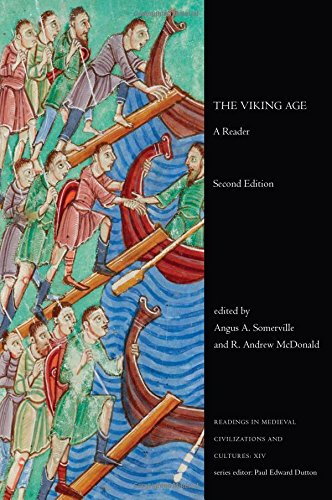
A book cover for The Viking Age: A Reader, Second Edition (Readings in Medieval Civilizations and Cultures); Literature & Fiction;